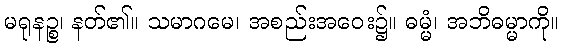
မရုနဉ္စ၊ နတ်၏။ သမာဂမေ၊ အစည်းအဝေး၌။ ဓမ္မံ၊ အဘိဓမ္မာကို။